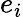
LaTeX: e_{i}